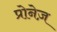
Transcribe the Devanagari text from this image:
प्रोनेज़